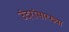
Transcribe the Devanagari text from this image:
उंदरांसारख्या